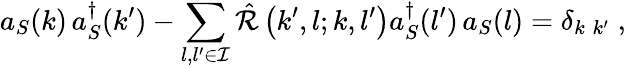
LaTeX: a_{S}(k)\, a_{S}^{\dagger}(k^{\prime})-\sum_{l,l^{\prime}\in{\cal I}}{\hat{\cal R}}\left(k^{\prime},l;k,l^{\prime}\right)a_{S}^{\dagger}(l^{\prime})\, a_{S}(l)=\delta_{k\; k^{\prime}}\; ,